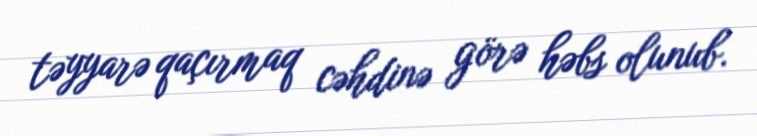
təyyarə qaçırmaq cəhdinə görə həbs olunub.